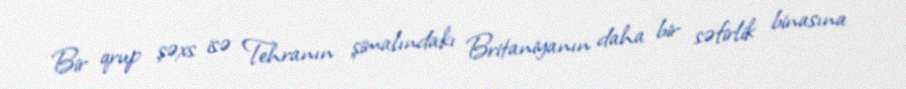
Bir qrup şəxs isə Tehranın şimalındakı Britaniyanın daha bir səfirlik binasına